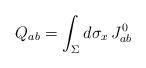
LaTeX: \begin{align*}Q_{ab}=\int_{\Sigma}d\sigma_x\,J_{ab}^0\end{align*}